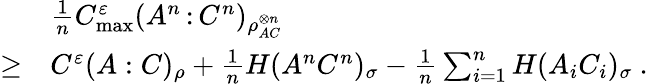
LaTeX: \begin{array}{rl}&{\frac{1}{n}C_{\operatorname*{max}}^{\varepsilon}(A^{n}{\, :\, }C^{n})_{\rho_{AC}^{\otimes n}}}\\ {\geq}&{C^{\varepsilon}(A:C)_{\rho}+\frac{1}{n}H(A^{n}C^{n})_{\sigma}-\frac{1}{n}\sum_{i=1}^{n}H(A_{i}C_{i})_{\sigma}\ .}\end{array}